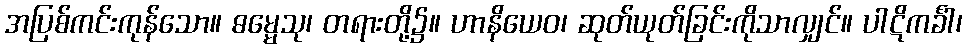
အပြစ်ကင်းကုန်သော။ ဓမ္မေသု၊ တရားတို့၌။ ဟာနိယေဝ၊ ဆုတ်ယုတ်ခြင်းကိုသာလျှင်။ ပါဋိကင်္ခါ၊